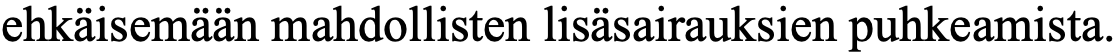
ehkäisemään mahdollisten lisäsairauksien puhkeamista.